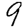
Digit: 9